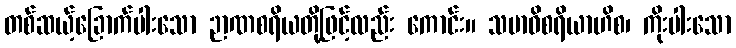
တစ်ဆယ့်ခြောက်ပါးသော ဉာဏစရိယတို့ဖြင့်လည်း ကောင်း။ သမာဓိစရိယာဟိစ၊ ကိုးပါးသော